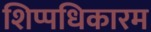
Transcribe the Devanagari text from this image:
शिप्पधिकारम